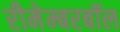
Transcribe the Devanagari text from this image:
रीमेम्बरबॉल